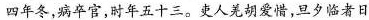
四年冬，病卒官，时年五十三。吏人羌胡爱惜，旦夕临者日